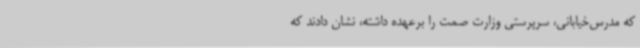
که مدرس‌خیابانی، سرپرستی وزارت صمت را برعهده داشته، نشان دادند که